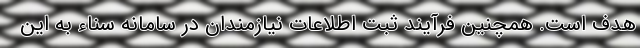
هدف است. همچنین فرآیند ثبت اطلاعات نیازمندان در سامانه سناء به این